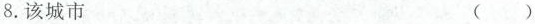
8.该城市 ( )